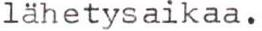
lähetysaikaa.